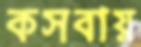
কসবায়